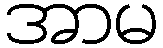
အာမ